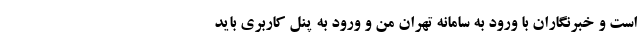
است و خبرنگاران با ورود به سامانه تهران من و ورود به پنل کاربری باید